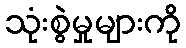
သုံးစွဲမှုများကို